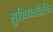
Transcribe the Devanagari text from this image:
सुविधेव्यतिरिक्त